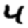
Digit: 4